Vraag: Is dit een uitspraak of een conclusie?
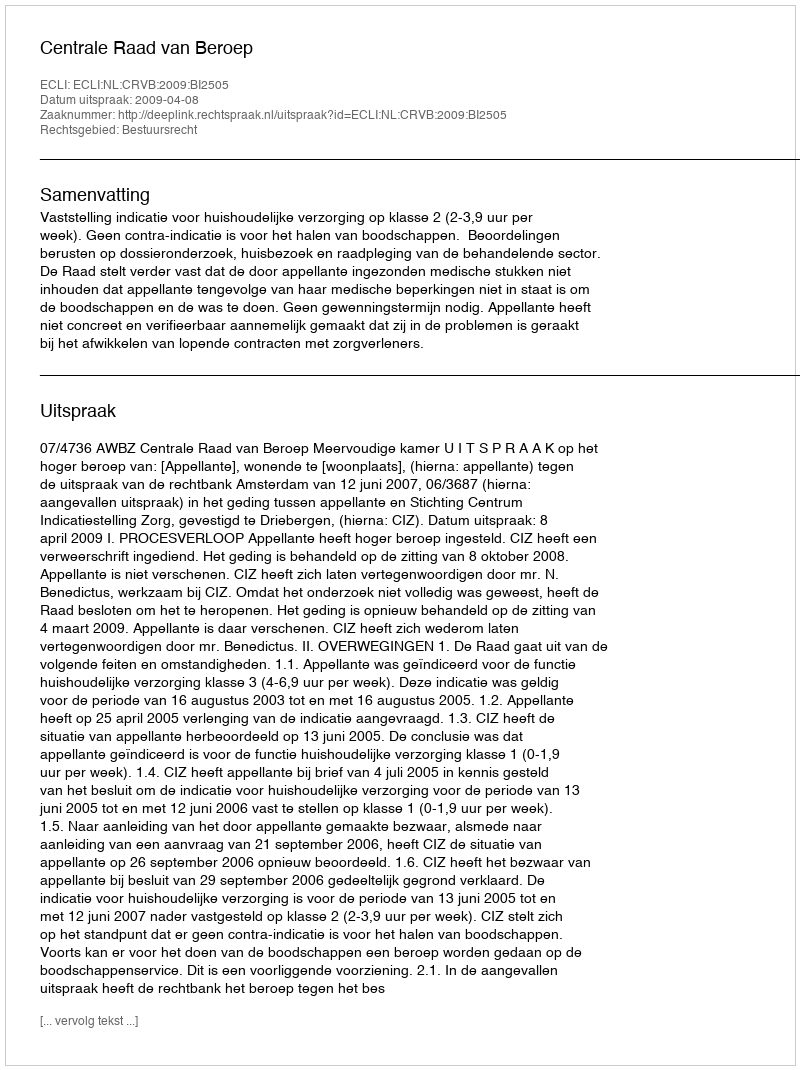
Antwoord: Uitspraak